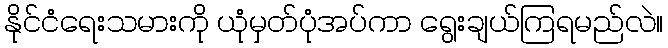
နိုင်ငံရေးသမားကို ယုံမှတ်ပုံအပ်ကာ ရွေးချယ်ကြရမည်လဲ။